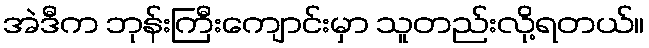
အဲဒီက ဘုန်းကြီးကျောင်းမှာ သူတည်းလို့ရတယ်။